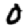
Digit: 0